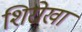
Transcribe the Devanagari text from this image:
शिरोखा